Papaver somniferum - Opium : an extract from the sixth volume of the Dictionary of Economic Products of India
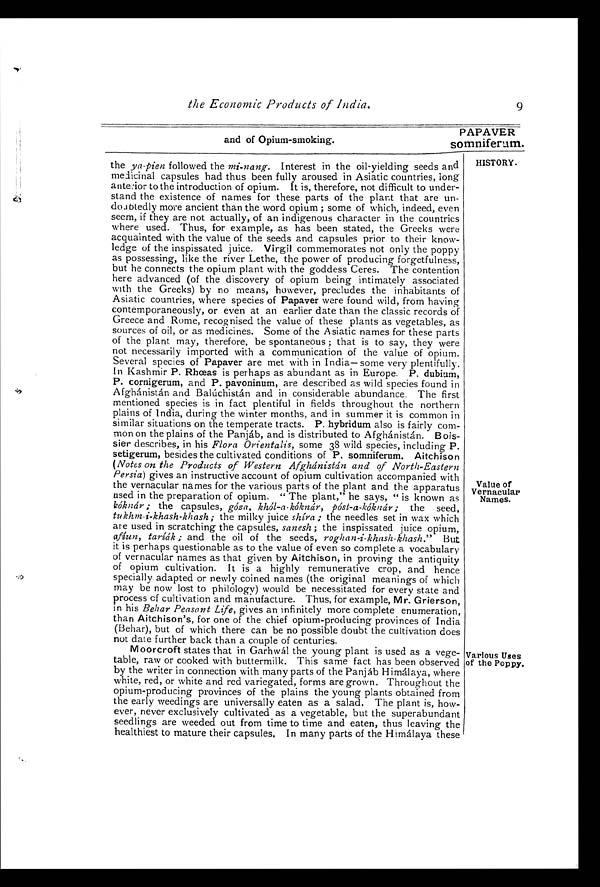
the Economic Products of India.
9
PAPAVER
and of Opium-smoking.
somniferum.
HISTORY.
Value of
Vernacular
Names.
Various Uses
of the Poppy.
the ya . pien followed the mi-nang-. Interest in the oil-yielding seeds and
medicinal capsules had thus been fully aroused in Asiatic countries, long
anterior to the introduction of opium. It is, therefore, not difficult to under-
stand the existence of names for these parts of the plant that are
undoubtedly more ancient than the word opium; some of which, indeed, even
seem, if they are not actually, of an indigenous character in the countries
where used. Thus, for example, as has been stated, the Greeks were
acquainted with the value of the seeds and capsules prior to their know-
ledge of the inspissated juice. Virgil commemorates not only the poppy
as possessing, like the river Lethe, the power of producing forgetfulness,
but he connects the opium plant with the goddess Ceres. The contention
here advanced (of the discovery of opium being intimately associated
with the Greeks) by no means, however, precludes the inhabitants of
Asiatic countries, where species of Papaver were found wild, from having
contemporaneously, or even at an earlier date than the classic records of
Greece and Rome, recognised the value of these plants as vegetables, as
sources of oil, or as medicines. Some of the Asiatic names for these parts
of the plant may, therefore, be spontaneous; that is to say, they were
not necessarily imported with a communication of the value of opium.
Several species of Papaver are met with in India— some very plentifully.
In Kashmir P. Rhœas is perhaps as abundant as in Europe. P. dubium,
P. cornigerum, and P. pavoninum, are described as wild species found in
Afghánistán and Balúchistán and in considerable abundance. The first
mentioned species is in fact plentiful in fields throughout the northern
plains of India, during the winter months, and in summer it is common in
similar situations on the temperate tracts. P. hybridum also is fairly com-
mon on the plains of the Panjáb, and is distributed to Afghánistán. Bois
sier describes, in his Flora Orientalis, some 38 wild species, including P.
setigerum, besides the cultivated conditions of P. somniferum. Aitchison
(Notes on the Products of Western Afghánistán and of North-Eastern
Persia) gives an instructive account of opium cultivation accompanied with
the vernacular names for the various parts of the plant and the apparatus
used in the preparation of opium. " The plant," he says, " is known as
kóknár; the capsules, góza, khól-a-kóknár, póst-a-kóknár; the seed,
tukhm-i-khash-khash; the milky juice shira; the needles set in wax which
are used in scratching the capsules, sanesh; the inspissated juice opium,
afiun, taríák; and the oil of the seeds, roghan-i-khash-khash." But
it is perhaps questionable as to the value of even so complete a vocabulary
of vernacular names as that given by Aitchison, in proving the antiquity
of opium cultivation. It is a highly remunerative crop, and hence
specially adapted or newly coined names (the original meanings of which
may be now lost to philology) would be necessitated for every state and
process cf cultivation and manufacture. Thus, for example, Mr. Grierson,
in his Behar Peasant Life, gives an infinitely more complete enumeration,
than Aitchison's, for one of the chief opium-producing provinces of India
(Behar), but of which there can be no possible doubt the cultivation does
not date further back than a couple of centuries.
Moorcroft states that in Garhwál the young plant is used as a vege-
table, raw or cooked with buttermilk. This same fact has been observed
by the writer in connection with many parts of the Panjáb Himálaya, where
white, red, or white and red variegated, forms are grown. Throughout the
opium-producing provinces of the plains the young plants obtained from
the early weedings are universally eaten as a salad. The plant is, how-
ever, never exclusively cultivated as a vegetable, but the superabundant
seedlings are weeded out from time to time and eaten, thus leaving the
healthiest to mature their capsules. In many parts of the Himálaya these